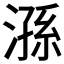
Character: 𣻆